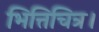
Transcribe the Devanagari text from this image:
भित्तिचित्र।